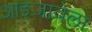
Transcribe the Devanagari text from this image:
आइजावेला